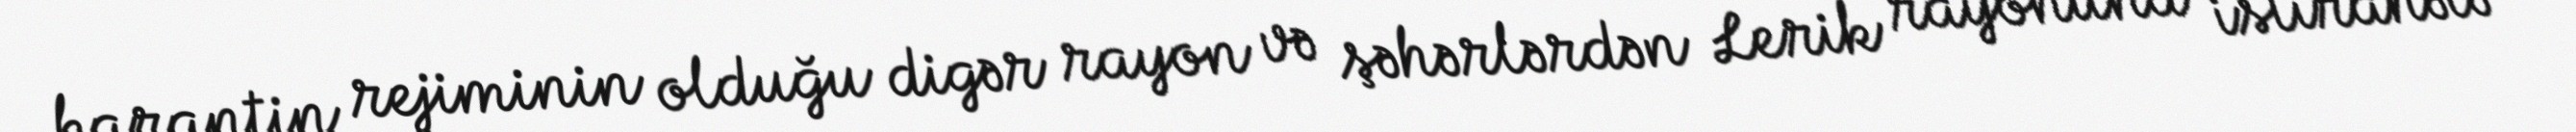
karantin rejiminin olduğu digər rayon və şəhərlərdən Lerik rayonuna istirahətə